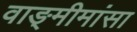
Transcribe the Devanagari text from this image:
वाङ्‍मीमांसा